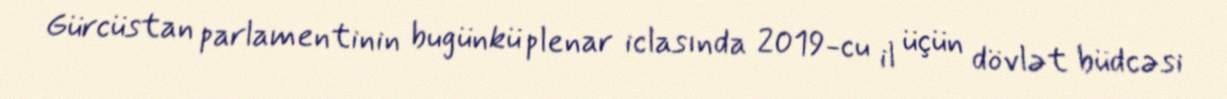
Gürcüstan parlamentinin bugünkü plenar iclasında 2019-cu il üçün dövlət büdcəsi